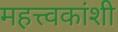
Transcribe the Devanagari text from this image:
महत्त्वकांशी